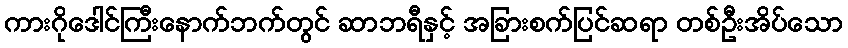
ကားဂိုဒေါင်ကြီးနောက်ဘက်တွင် ဆာဘရီနှင့် အခြားစက်ပြင်ဆရာ တစ်ဦးအိပ်သော